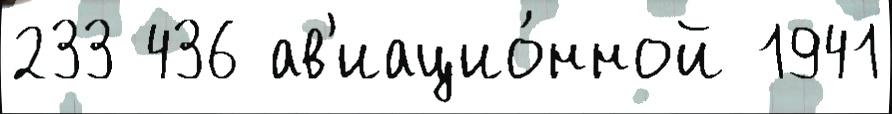
233 436 ав'иацио́нной 1941